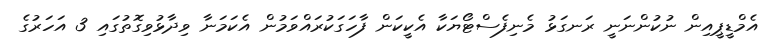
އެމްޑީޕީއިން ނުކުންނަނީ ރަނގަޅު މެނިފެސްޓޯޔަކާ އެކީކަން ފާހަގަކުރައްވަމުން އެކަމަނާ ވިދާޅުވިގޮތުގައި 3 އަހަރުގެ